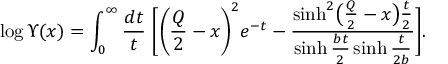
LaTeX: \log \Upsilon ( x ) = \int _ { 0 } ^ { \infty } \frac { d t } { t } \; \biggl [ \biggl ( \frac { Q } { 2 } - x \biggr ) ^ { 2 } e ^ { - t } - \frac { \sinh ^ { 2 } \bigl ( \frac { Q } { 2 } - x \bigr ) \frac { t } { 2 } } { \sinh \frac { b t } { 2 } \sinh \frac { t } { 2 b } } \biggr ] .